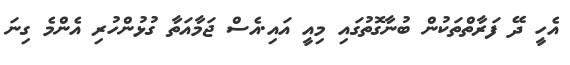
އެހީ ދޭ ފަރާތްތަކުން ބުނާގޮތުގައި މިއީ އައި.އެސް ޖަމާއަތާ ގުޅުންހުރި އެންމެ ގިނަ